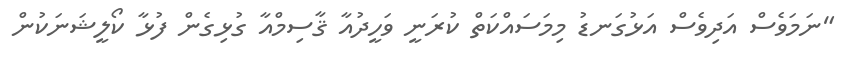
"ނަމަވެސް އަދިވެސް އަޅުގަނޑު މިމަސައްކަތް ކުރަނީ ވަހީދުއާ ޤާސިމްއާ ގުޅިގެން ފުޅާ ކޯލީޝަނަކުން